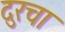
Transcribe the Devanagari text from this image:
दुरचा